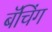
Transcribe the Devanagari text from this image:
बॅचिंग